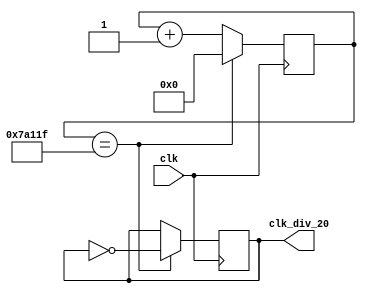
`timescale 1ns / 1ps
//////////////////////////////////////////////////////////////////////////////////
// Company: 
// Engineer: 
// 
// Design Name: 
// Module Name: clk_divider_20
// Project Name: 
// Target Devices: 
// Tool Versions: 
// Description: 
// 
// Dependencies: 
// 
// Revision:
// Revision 0.01 - File Created
// Additional Comments:
// 
//////////////////////////////////////////////////////////////////////////////////


module clk_divider_20(clk, clk_div_20);
    
input clk;
output clk_div_20;

reg clk_div_20;
reg [19:0] counter;

always@(posedge clk)
begin
            counter <= counter + 20'd1;
            if(counter == 20'd500000 - 20'd1) begin
                clk_div_20 <= ~clk_div_20;
                counter <= 20'd0;
            end
end
endmodule